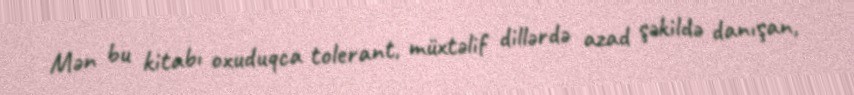
Mən bu kitabı oxuduqca tolerant, müxtəlif dillərdə azad şəkildə danışan,